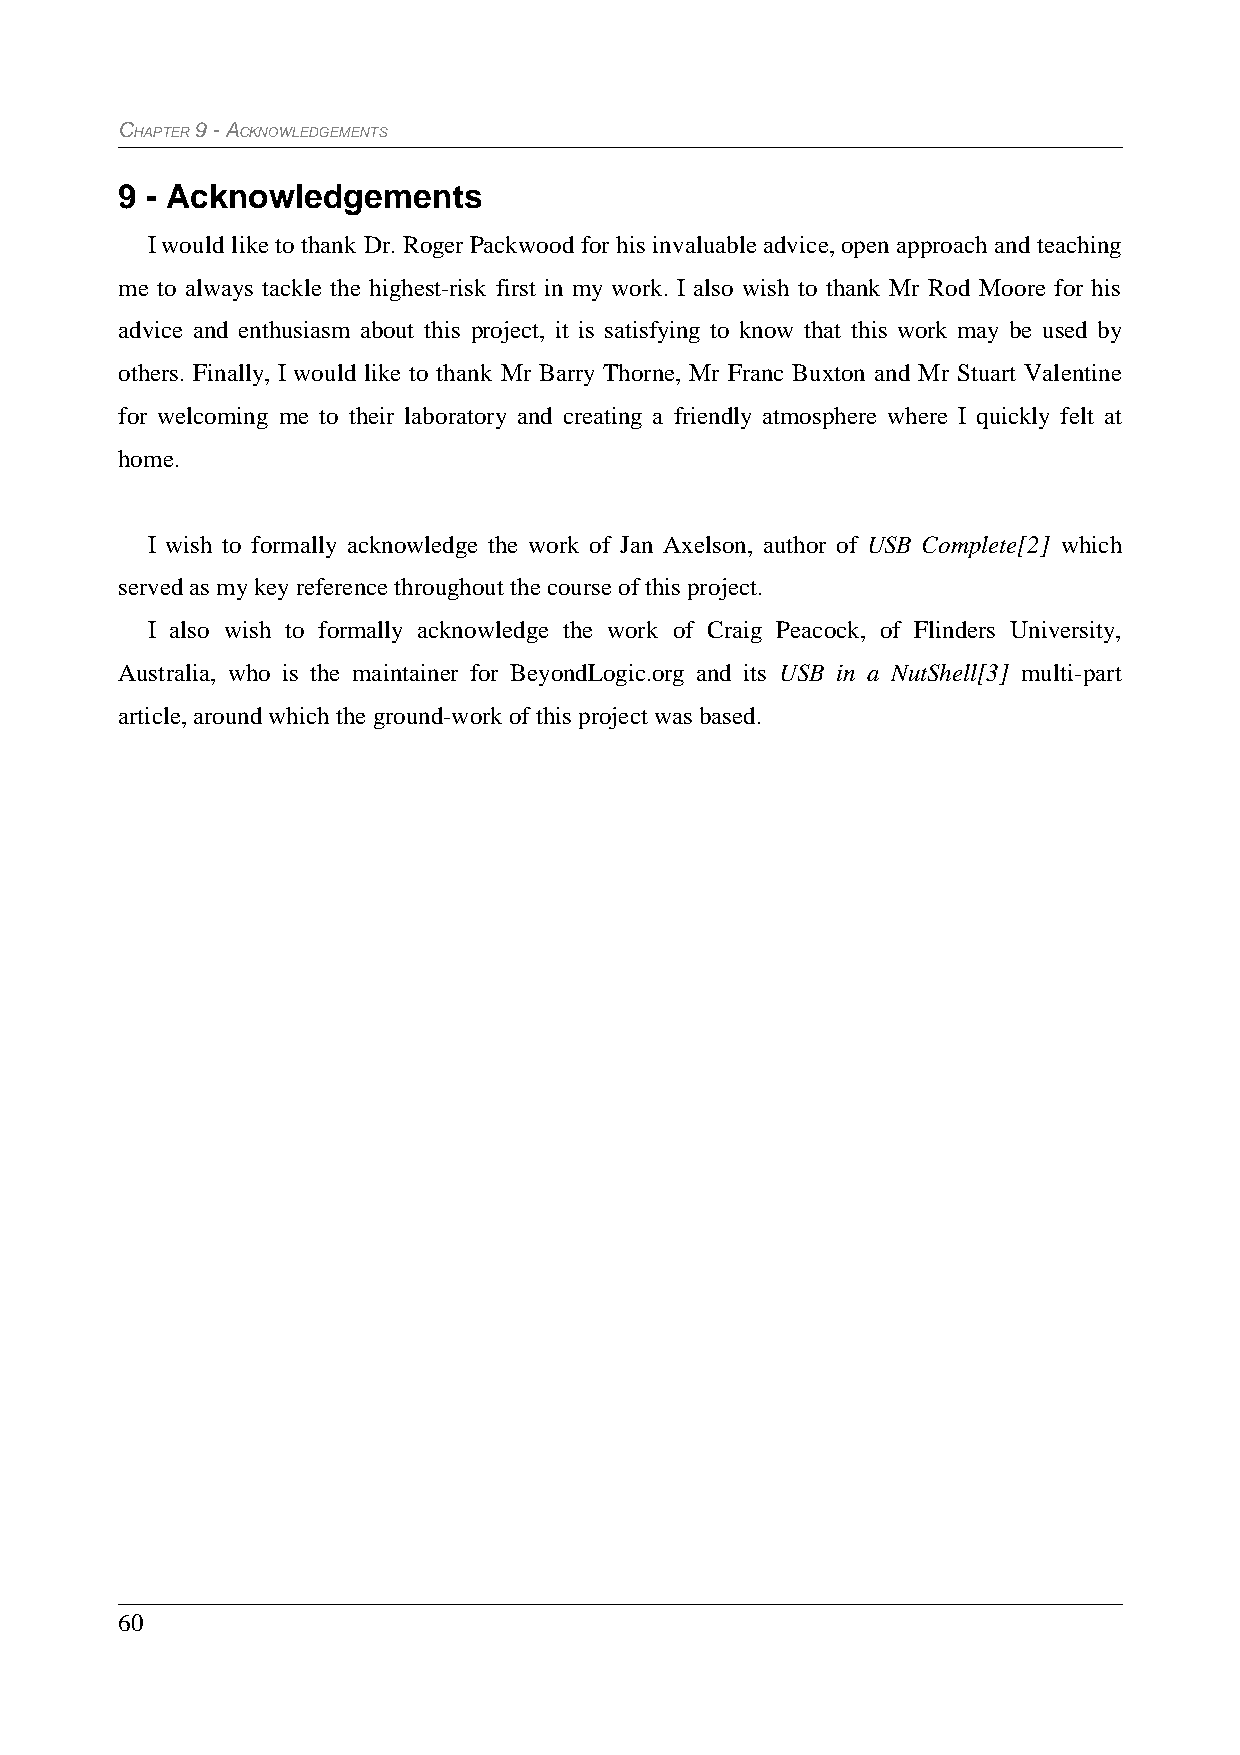
CHAPTER 9 - ACKNOWLEDGEMENTS
 9 - Acknowledgements
 I would like to thank Dr. Roger Packwood for his invaluable advice, open approach and teaching
 me to always tackle the highest-risk first in my work. I also wish to thank Mr Rod Moore for his
 advice and enthusiasm about this project, it is satisfying to know that this work may be used by
 others. Finally, I would like to thank Mr Barry Thorne, Mr Franc Buxton and Mr Stuart Valentine
 for welcoming me to their laboratory and creating a friendly atmosphere where I quickly felt at
 home.
 I wish to formally acknowledge the work of Jan Axelson, author of USB Complete[2] which
 served as my key reference throughout the course of this project.
 I also wish to formally acknowledge the work of Craig Peacock, of Flinders University,
 Australia, who is the maintainer for BeyondLogic.org and its USB in a NutShell[3] multi-part
 article, around which the ground-work of this project was based.
 60